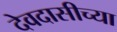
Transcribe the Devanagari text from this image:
देवदासीच्या